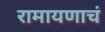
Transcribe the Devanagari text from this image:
रामायणाचं